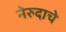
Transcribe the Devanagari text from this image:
नेरुदाचे